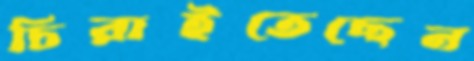
চিরাইতেছেন